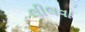
લીલવા